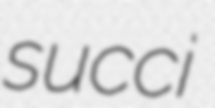
succi